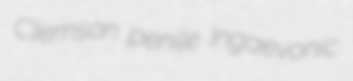
Clemson penile Ingaevonic